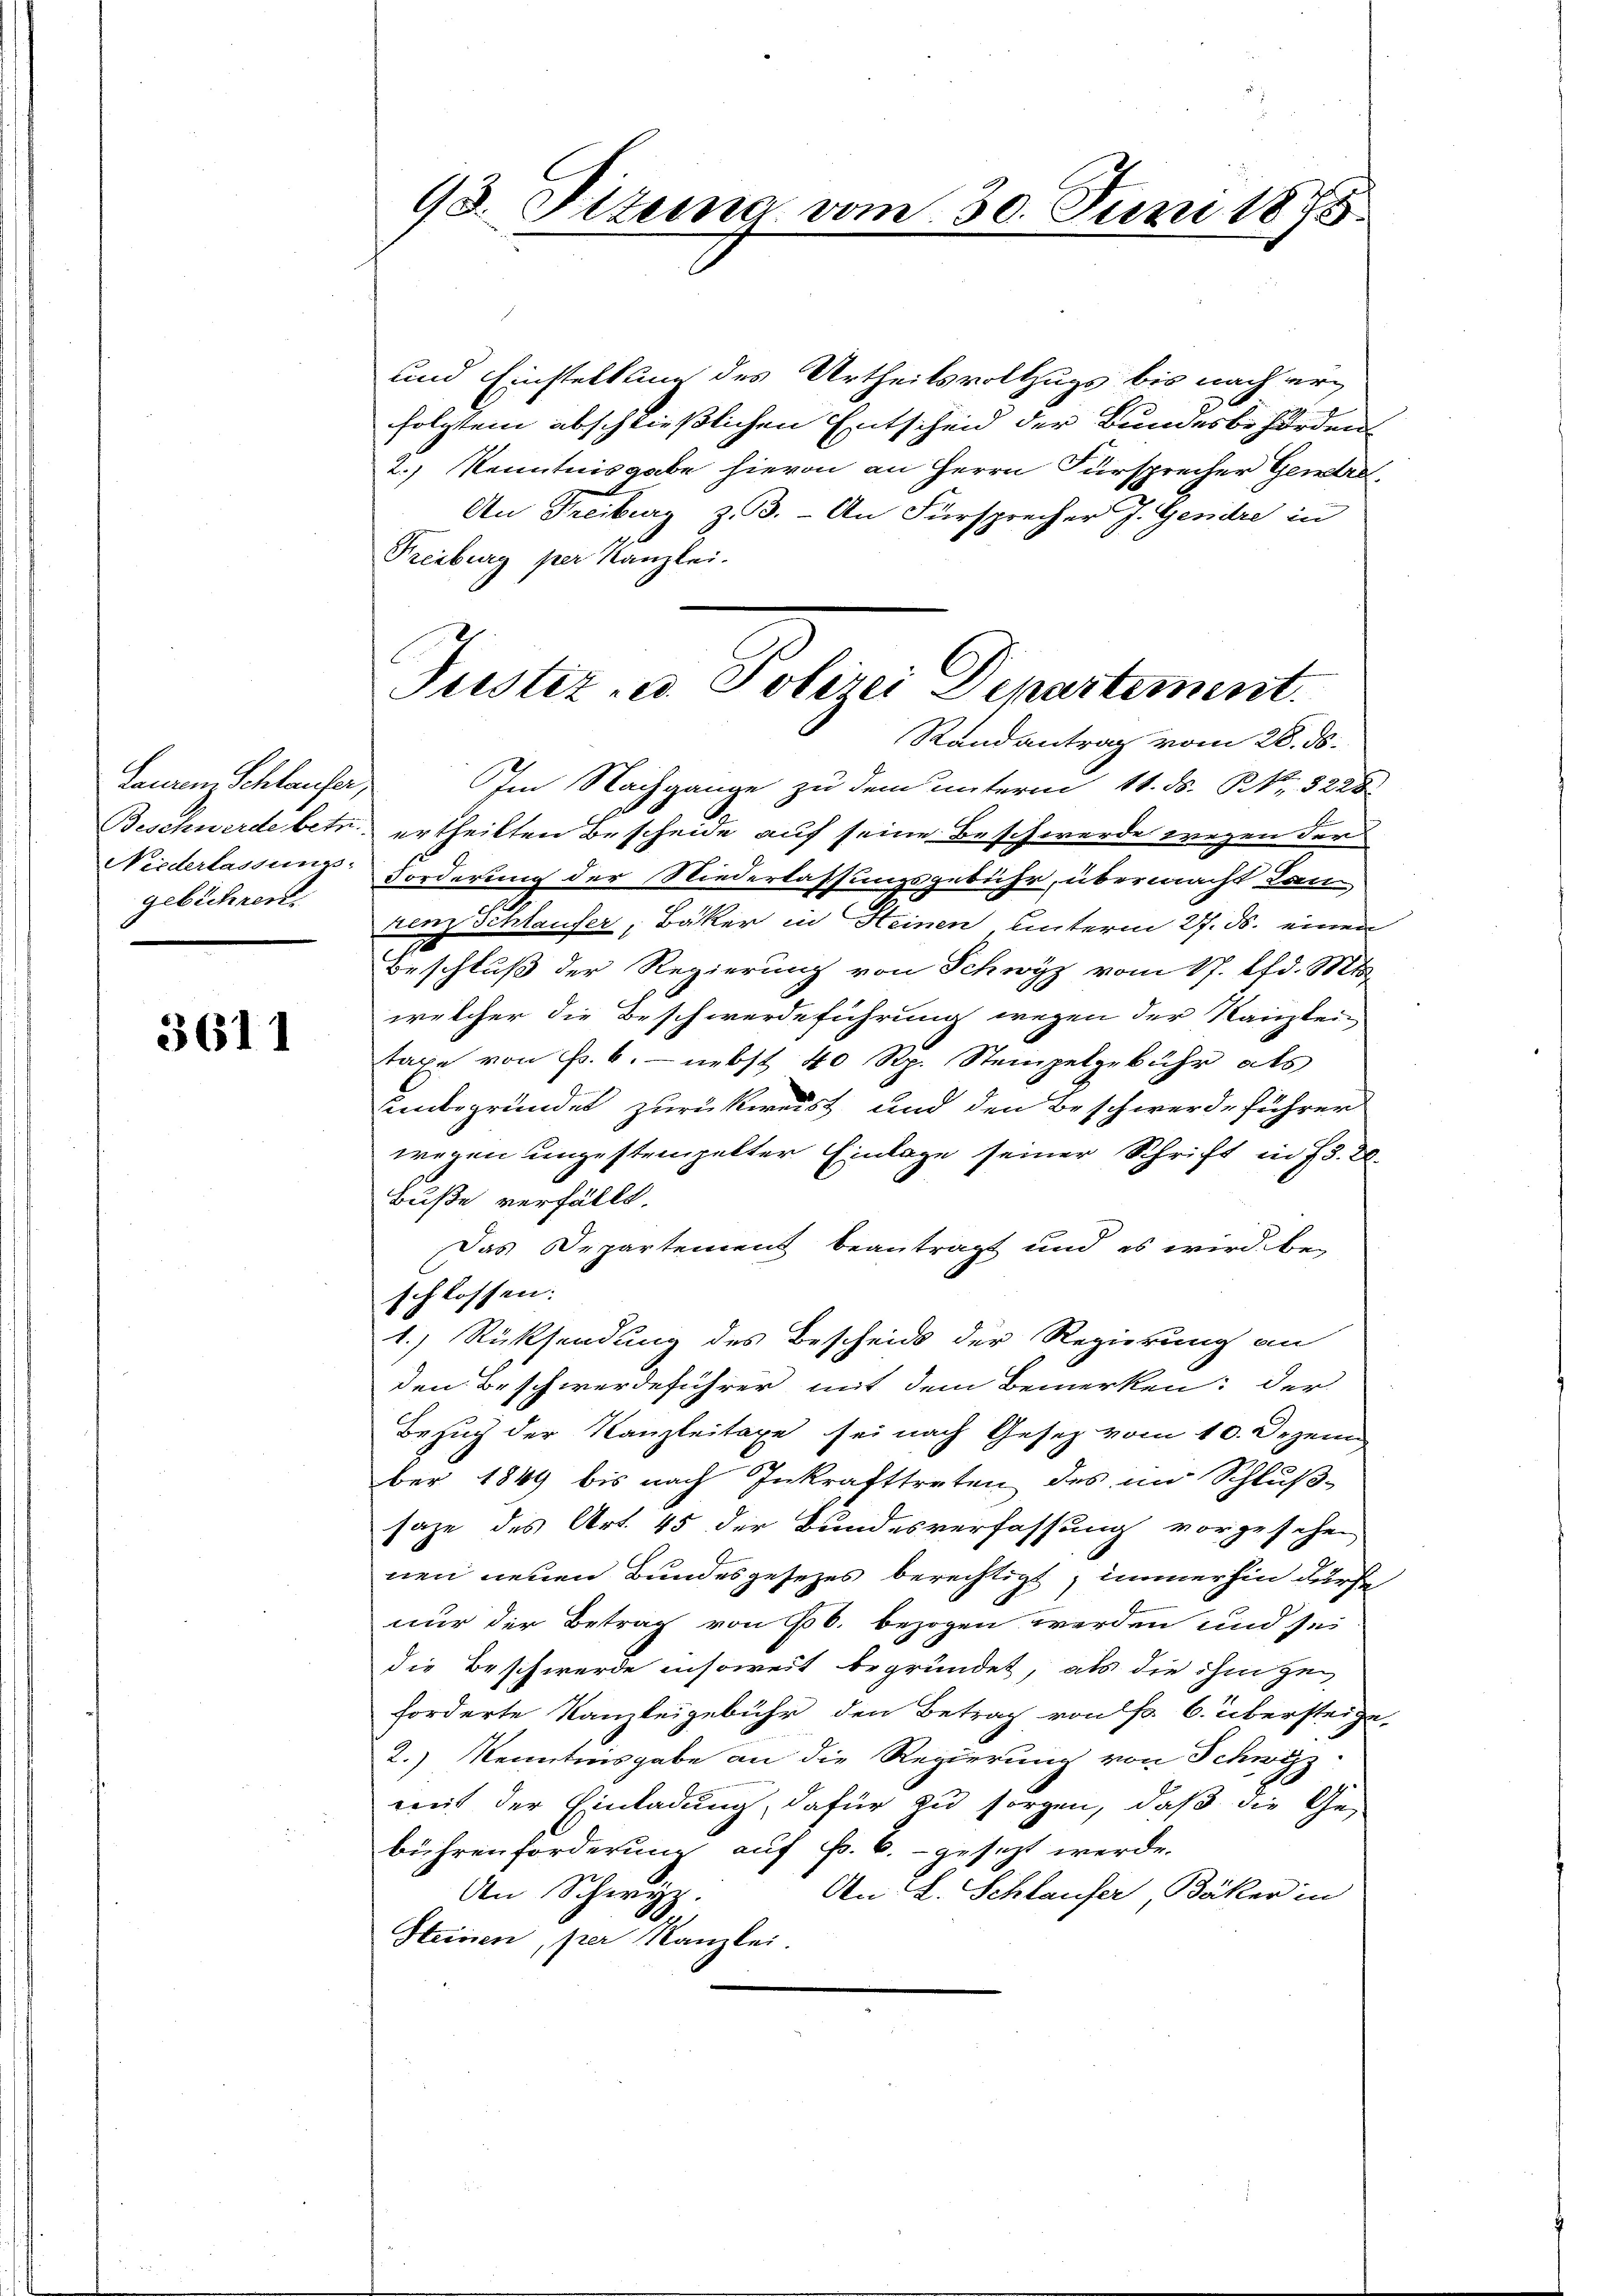
Lauren Schlaufer,
Niederlassung.
gebühren.

3611

93. Titung vom 30. Juni 1875.

und Einstellung des Urtheilsvollzugs bis nach er¬
19
folgtem abschließlichen Entscheid der Bundesbehörden
2.) Kenntnisgabe hievon an Herrn Fürsprecher Genera¬
An Freiburg z. 3. - An Fürsprecher J. Gendre in
Freiburg per Kanzlei.

Justiz u. Polerei Departement.
Randantrag vom 28. ds.

Im Nachgange zu dem unterm 11. ds. S. 3228
Beschwerde betr. ertheilten Bescheide auf seine Beschwerde wegen der
Forderung der Niederlassungsgebühr, übermacht Lan
renz Schlauser, Bäker in Heinen, unterm 27. ds. einen
Beschluß der Regierung von Schwyz vom 17. d. Mts.
welcher die Beschwerdeführung wegen der Kanzlei-
taxe von Fr. 6. nebst 40 Rp. Stempelgebühr als
senbegründet zurückweist und den Beschwerdeführer
wegen ungestempelter Einlage seiner Schrift in §§. 20.
Buße verfällt.
Das Departement beantragt und es wird bei
schlossen:
1.) Rücksendung des Bescheid der Regierung an
den Beschwerdeführer mit dem Bemerken: der
Bezug der Kanzleitage sei nach Gesetz vom 10. Dezem
ber 1849 bis nach Inkrafttreten des im Schlußsaze des Art. 45 der Bundesverfassung vorgesehen
nen neuen Bundesgesezes berechtigt, immerhin dürfe
nur der Betrag von Fr. bezogen werden und sei
die Beschwerde insoweit begründet, als die ihm zu
forderte Kanzleigebühr den Betrag von so. 6. übersteige-
2.) Kenntnisgabe an die Regierung von Schwyzz-
mit der Einladung, dafür zu sorgen, daß die Ge-
bührenforderung auf s. B. gesezt werde.
An L. Schlaufer Bäker in
An Schwyz.
Steinen, per Kanzlei.